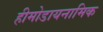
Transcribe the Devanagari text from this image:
हीमोडायनामिक